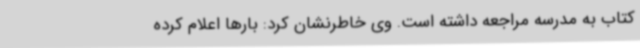
کتاب به مدرسه مراجعه داشته است. وی خاطرنشان کرد: بارها اعلام کرده